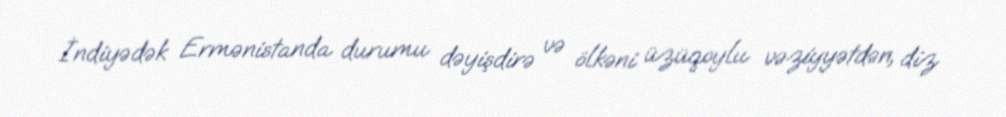
İndiyədək Ermənistanda durumu dəyişdirə və ölkəni üzüqoylu vəziyyətdən, diz